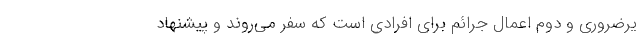
یرضروری و دوم اعمال جرائم برای افرادی است که سفر می‌روند و پیشنهاد